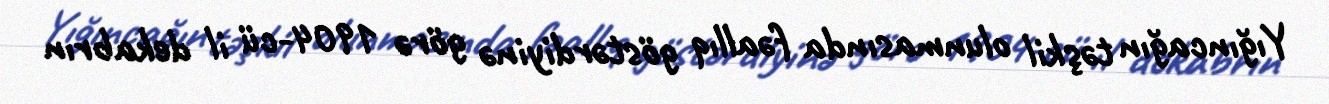
Yığıncağın təşkil olunmasında fəallıq göstərdiyinə görə 1904-cü il dekabrın